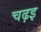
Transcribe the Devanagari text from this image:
चढ़इ